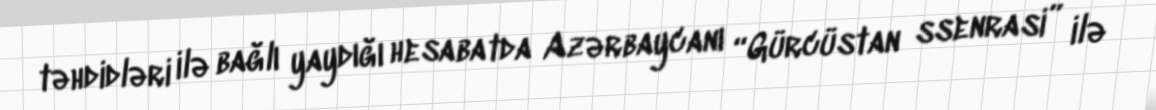
təhdidləri ilə bağlı yaydığı hesabatda Azərbaycanı “Gürcüstan ssenrasi” ilə